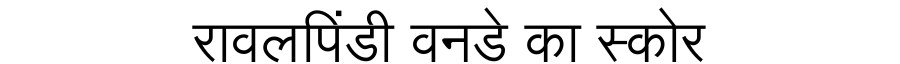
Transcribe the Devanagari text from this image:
रावलपिंडी वनडे का स्कोर